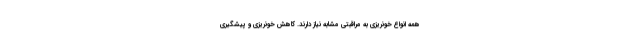
همه انواع خونریزی به مراقبتی مشابه نیاز دارند. کاهش خونریزی و پیشگیری